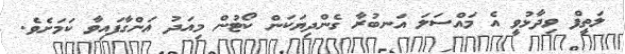
ލަތީފް ވިދާޅުވީ އެ މައްސަލަ އަނބުރާ ގެންދިޔަކަން ކޯޓުން މިއަދު އަންގާފައިވާ ކަމަށެވެ.